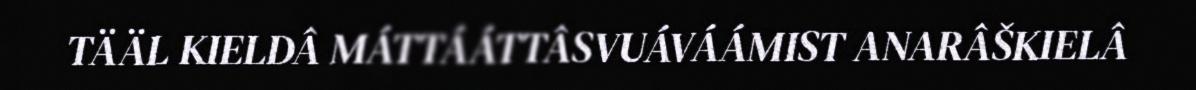
TÄÄL KIELDÂ MÁTTÁÁTTÂSVUÁVÁÁMIST ANARÂŠKIELÂ